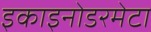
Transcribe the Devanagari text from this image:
इकाइनोडरमेटा